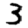
Digit: 3